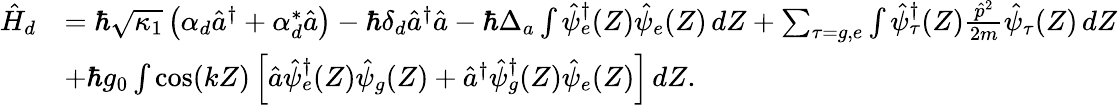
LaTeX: \begin{array}{rl}{\hat{H}_{d}}&{=\hbar\sqrt{\kappa_{1}}\left(\alpha_{d}\hat{a}^{\dagger}+\alpha_{d}^{*}\hat{a}\right)-\hbar\delta_{d}\hat{a}^{\dagger}\hat{a}-\hbar\Delta_{a}\int\hat{\psi}_{e}^{\dagger}(Z)\hat{\psi}_{e}(Z)\, dZ+\sum_{\tau=g,e}\int\hat{\psi}_{\tau}^{\dagger}(Z)\frac{\hat{p}^{2}}{2m}\hat{\psi}_{\tau}(Z)\, dZ}\\ &{+\hbar g_{0}\int\cos(kZ)\left[\hat{a}\hat{\psi}_{e}^{\dagger}(Z)\hat{\psi}_{g}(Z)+\hat{a}^{\dagger}\hat{\psi}_{g}^{\dagger}(Z)\hat{\psi}_{e}(Z)\right]\, dZ.}\end{array}